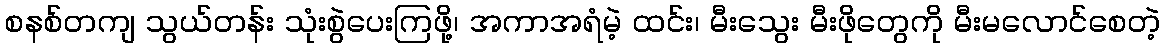
စနစ်တကျ သွယ်တန်း သုံးစွဲပေးကြဖို့၊ အကာအရံမဲ့ ထင်း၊ မီးသွေး မီးဖိုတွေကို မီးမလောင်စေတဲ့